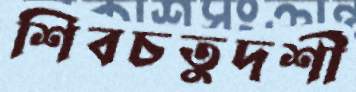
শিবচতুদর্শী